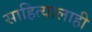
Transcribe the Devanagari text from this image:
साहित्यालाही